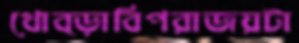
থোব্‌ড়াবিপরাজয়টা